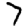
Digit: 7